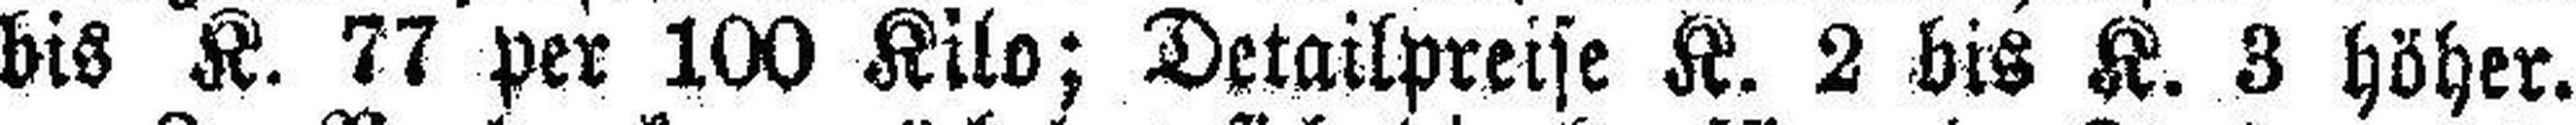
bis K. 77 per 100 Kilo; Detailpreise K. 2 bis K. 3 höher.